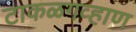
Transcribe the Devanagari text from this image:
टाकळगव्हाण